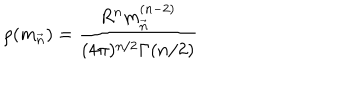
LaTeX: \rho ( { m } _ { \vec { n } } ) = \frac { R ^ { n } { { m } _ { \vec { n } } ^ { ( n - 2 ) } } } { ( 4 \pi ) ^ { n / 2 } \Gamma ( n / 2 ) }